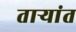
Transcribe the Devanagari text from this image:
ताऱ्यांत